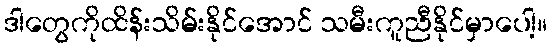
ဒါတွေကိုထိန်းသိမ်းနိုင်အောင် သမီးကူညီနိုင်မှာပေါ့။